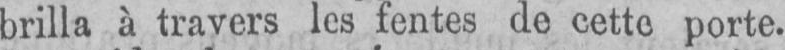
brilla à travers les fentes de cette porte.